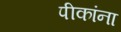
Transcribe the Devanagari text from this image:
पीकांना